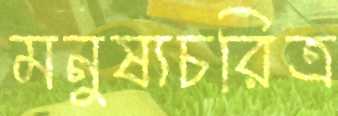
মনুষ্যচরিত্র